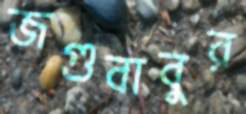
জগুবাবুর